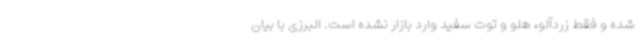
شده و فقط زردآلو، هلو و توت سفید وارد بازار نشده است. البرزی با بیان